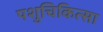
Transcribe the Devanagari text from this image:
पशुचिकित्‍सा